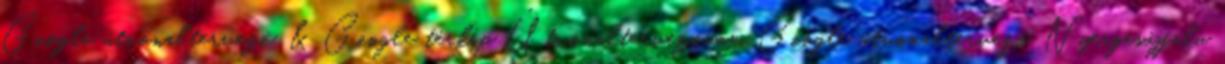
Google útvonaltervező & Google térkép Útvonaltervező.com Google útvonaltervező Nyergesújfalu